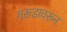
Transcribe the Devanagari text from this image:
गरूडावरून